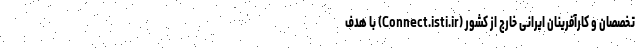
تخصصان و کارآفرینان ایرانی خارج از کشور (Connect.isti.ir) با هدف